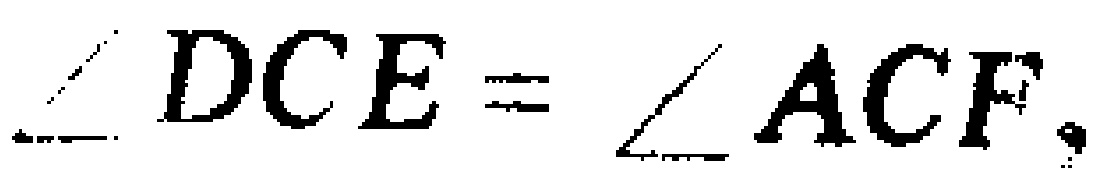
$\angle DCE=\angle ACF.$